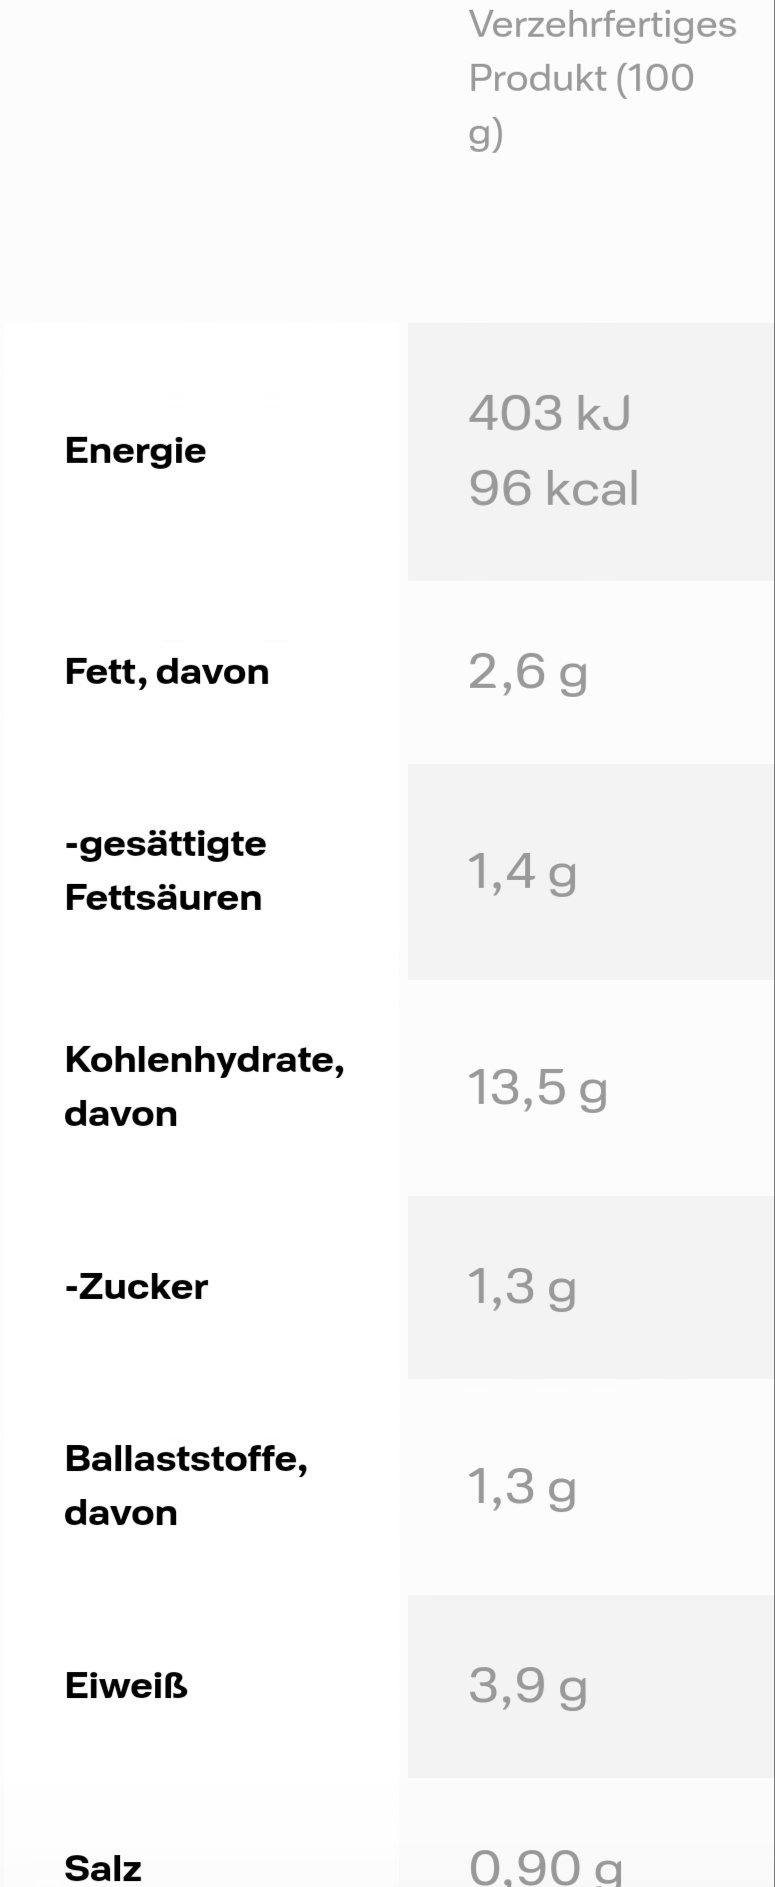
Energie
Fett, davon
-gesättigte
Fettsäuren
Kohlenhydrate,
davon
-Zucker
Ballaststoffe,
davon
Eiweiß
Salz
Verzehrfertiges Produkt (100
g)
403 kJ
96 kcal
2,6 g
1,4 g
13,5 g
1,3 g
1,3 g
3,9 g
0,90 g